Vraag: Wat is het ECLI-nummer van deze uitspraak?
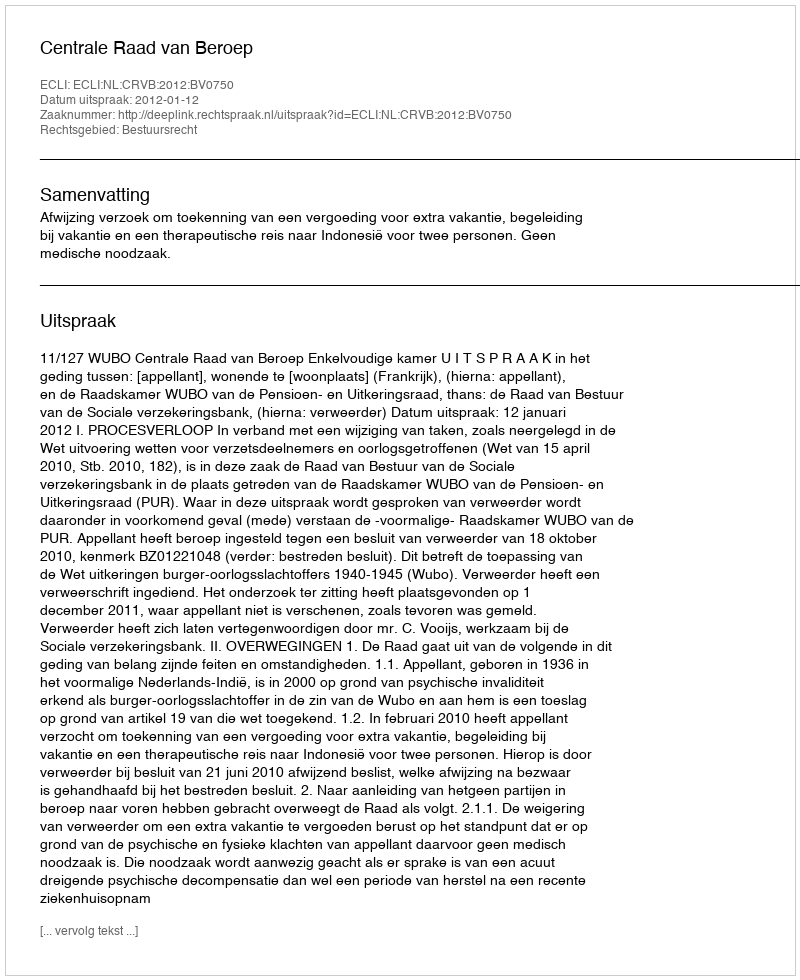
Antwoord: ECLI:NL:CRVB:2012:BV0750